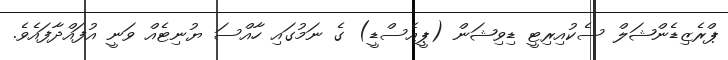
ޕްރެޒިޑެންޝަލް ސެކުއިރިޓީ ޑިވިޝަން (ޕީއެސްޑީ) ގެ ނަމުގައި ހާއްސަ ޔުނިޓެއް ވަނީ އުފައްދާފައެވެ.